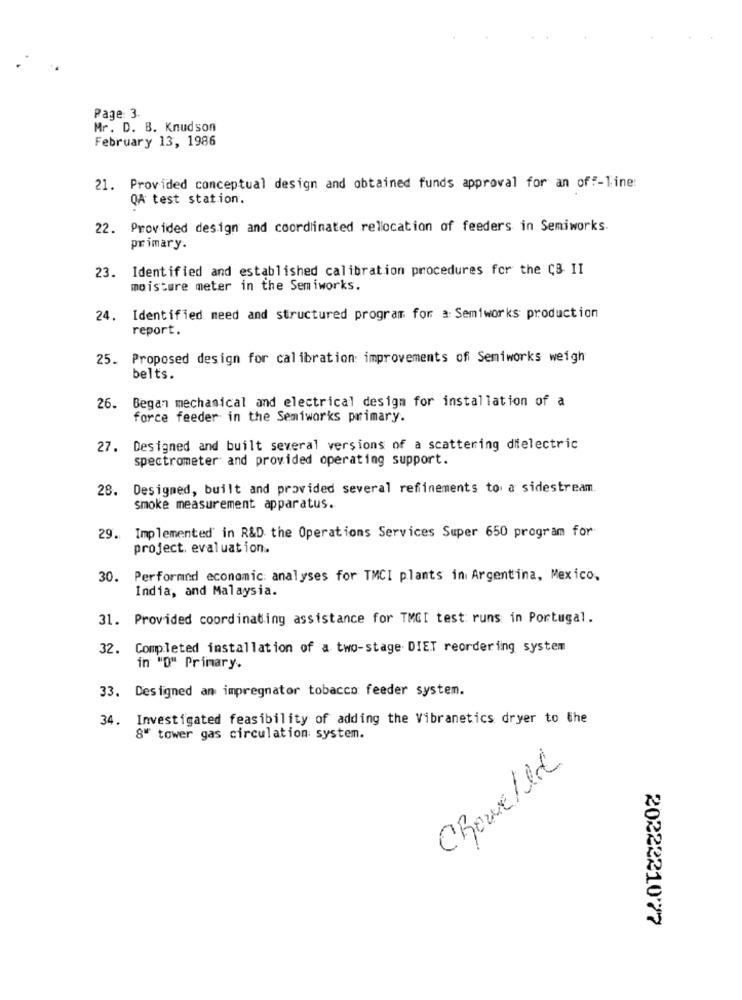
Page: 3.
Mr. D. B. Knudson
February 13, 1986
21. Provided conceptual design and obtained funds approval for an off-line:
QA test station.
22. Provided design and coordinated rellocation of feeders in Semiworks.
primary.
23. Identified and established calibration procedures for the C& II
moisture meter in the Semiworks.
24. Identified meed and structured program for a: Semiworks production
report.
25. Proposed design for calibration: improvements of Semiworks weigh
belts.
26. Began mechanical and electrical design for installation of a
force feeder in the Semiworks primary.
27. Designed and built several versions of a scattering dielectric
spectrometer and provided operating support.
28.
Designed, built and provided several refinements to a sidestream.
smoke measurement apparatus.
29. Implemented in R&D the Operations Services Super 650 program for
project. evaluation.
30. Performed economic: analyses for TMCI plants in Argentina, Mexico,
India, and Malaysia.
31. Provided coordinating assistance for TMGI test runs in Portugal.
32. Completed installation of a two-stage DIET reordering system
in "O" Primary.
33. Designed am impregnator tobacco feeder system.
34. Investigated feasibility of adding the Vibranetics dryer to the
8" tower gas circulation system.
CRowellde
20222210'77